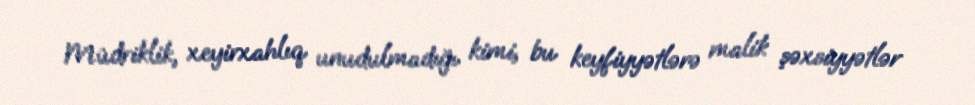
Müdriklik, xeyirxahlıq unudulmadığı kimi, bu keyfiyyətlərə malik şəxsiyyətlər